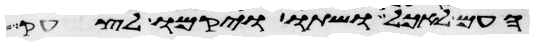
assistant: העם לאכל ושתו ויקמו לצחק